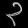
Digit: ၃